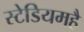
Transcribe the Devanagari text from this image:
स्टेडियमहै